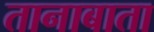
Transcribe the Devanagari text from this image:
तानाबाता